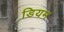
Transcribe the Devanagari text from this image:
डियम